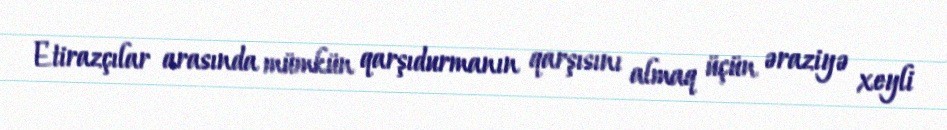
Etirazçılar arasında mümkün qarşıdurmanın qarşısını almaq üçün əraziyə xeyli